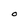
Character: O